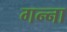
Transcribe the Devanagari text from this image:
गन्‍ना